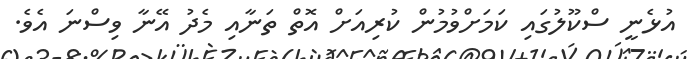
އުޅެނީ ސްކޫލުގައި ކަމަށްވުމުން ކުރިއަށް އޮތް ތަނާއި މެދު އޭނާ ވިސްނަ އެވެ.